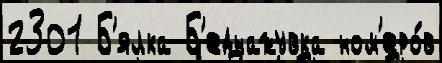
2301 Б'ялка Б'еднажувка ном'еро́в